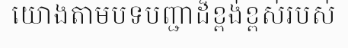
យោងតាមបទបញ្ជាដ៏ខ្ពង់ខ្ពស់របស់